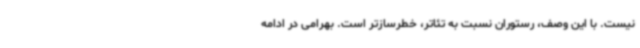
نیست. با این وصف، رستوران نسبت به تئاتر، خطرسازتر است. بهرامی در ادامه